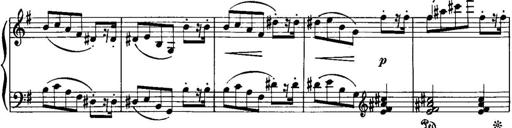
Title: Piano Sonatina No.1, Op.146
Composer: Stephen Heller